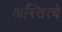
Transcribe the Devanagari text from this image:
अस्तित्वे